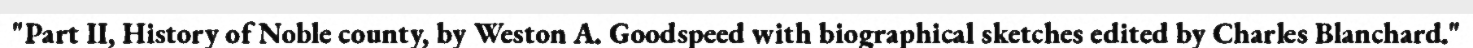
"Part II, History of Noble county, by Weston A. Goodspeed with biographical sketches edited by Charles Blanchard."